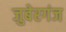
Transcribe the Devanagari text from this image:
जुबेरगंज